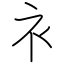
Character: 衤